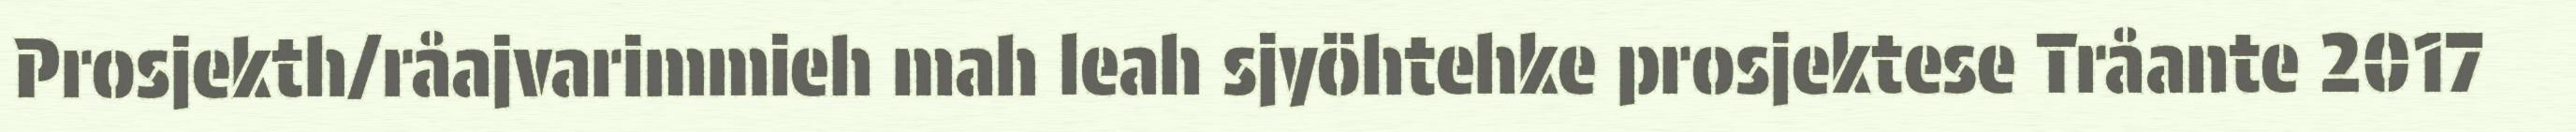
Prosjekth/råajvarimmieh mah leah sjyöhtehke prosjektese Tråante 2017